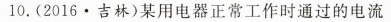
10. (2016·吉林)某用电器正常工作时通过的电流